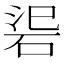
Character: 𥒟